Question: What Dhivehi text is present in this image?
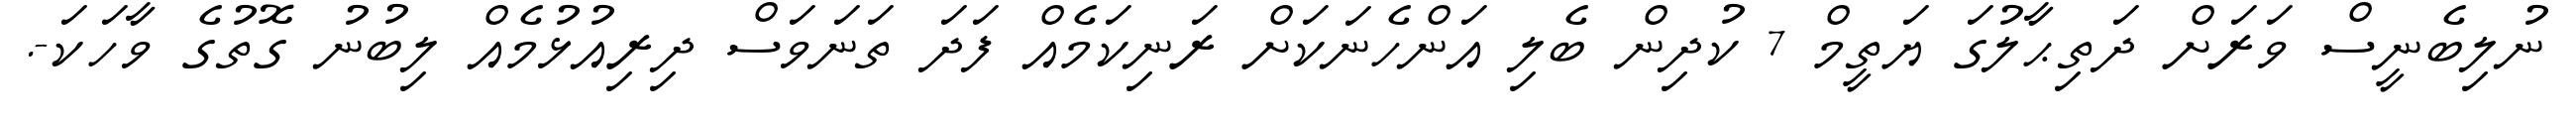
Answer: ނުލިބެނީސް ވަރަށް ދަތިޙާލުގަ ޔަތީމް 7 ކުދިން ބެލި އަންހެނަކަށް ރަނިކަމެއް ފަދަ ތަނަވަސް ދިރިއުޅުމެއް ލިބުނު ގޮތުގެ ވާހަކަ-.